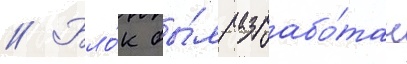
// Бло́к бы́л разрабо́тан